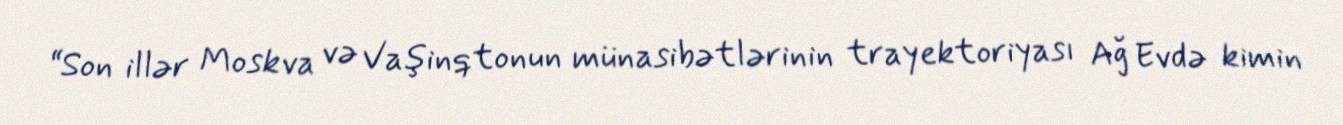
“Son illər Moskva və Vaşinqtonun münasibətlərinin trayektoriyası Ağ Evdə kimin